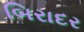
બિરાદર